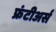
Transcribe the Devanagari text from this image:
फ्रंटीअर्स